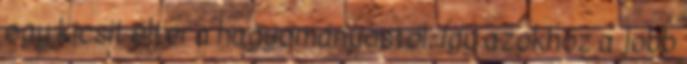
egy kicsit eltér a hagyományostól. Így azokhoz a jobb